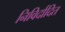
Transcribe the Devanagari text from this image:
निविर्दादित